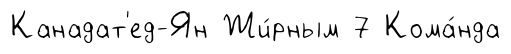
Канадат'ед-Ян Жи́рным 7 Кома́нда